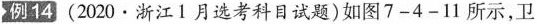
例14(2020\cdot浙江1月选考科目试题)如图7-4-11所示，卫